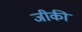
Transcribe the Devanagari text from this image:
जीकी